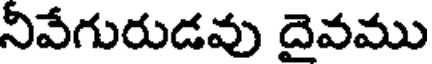
నివేగురుడవు దైవము